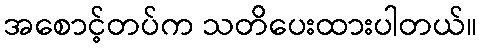
အစောင့်တပ်က သတိပေးထားပါတယ်။